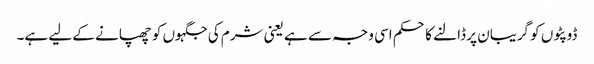
ڈوپٹوں کو گریبان پر ڈالنے کا حکم اسی وجہ سے ہے یعنی شرم کی جگہوں کو چھپانے کے لیے ہے۔